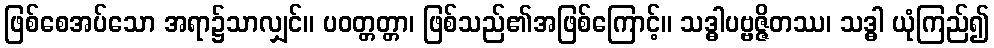
ဖြစ်စေအပ်သော အရာ၌သာလျှင်။ ပဝတ္တတ္တာ၊ ဖြစ်သည်၏အဖြစ်ကြောင့်။ သဒ္ဓါပဗ္ဗဇ္ဇိတဿ၊ သဒ္ဓါ ယုံကြည်၍